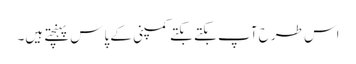
اس طرح آپ بکتے بکتے کمپنی کے پاس پہنچتے ہیں۔